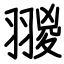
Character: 翪